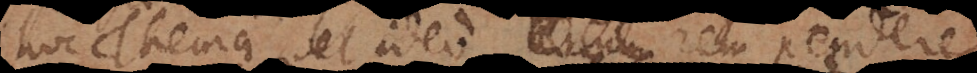
hoc Thema et ideo rerum rem pendere